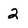
Character: 2